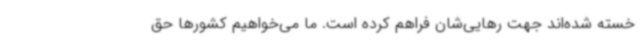
خسته شده‌اند جهت رهایی‌شان فراهم کرده است. ما می‌خواهیم کشورها حق